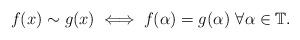
LaTeX: \begin{align*}f(x) \sim g(x) \iff f(\alpha)=g(\alpha)~ \forall \alpha \in \mathbb{T}. \end{align*}